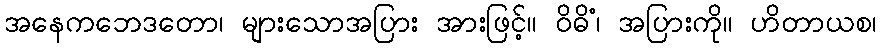
အနေကဘေဒတော၊ များသောအပြား အားဖြင့်။ ဝိဓိံ၊ အပြားကို။ ဟိတာယစ၊